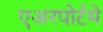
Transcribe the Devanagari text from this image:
एअरपोर्टमे